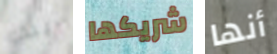
يبدو شريكها أنها